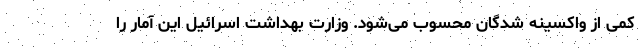
کمی از واکسینه شدگان محسوب می‌شود. وزارت بهداشت اسرائیل این آمار را